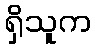
ရှိသူက